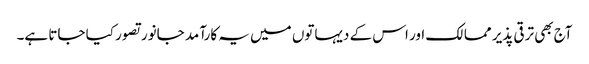
آج بھی ترقی پذیر ممالک اور اس کے دیہاتوں میں یہ کارآمد جانور تصور کیا جاتا ہے۔